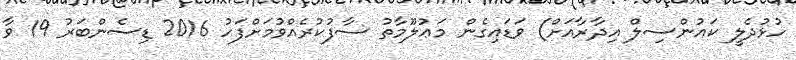
ހުޅުދެލީ ކައުންސިލް އިދާރާއަށް) ވަޑައިގެން މަޢުލޫމާތު ސާފުކުރެއްވުމަށްފަހު 2016 ޑިސެންބަރު 19 ވާ